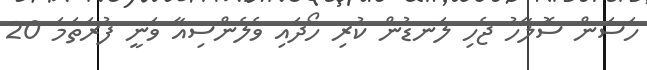
ހަސަން ސޮލާހު ޖެހި ލަނޑުން ކުރި ހޯދައި ވެލެންސިއާ ވަނީ ފުރަތަމަ 20